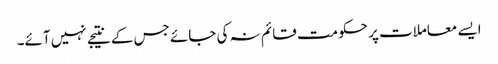
ایسے معاملات پر حکومت قائم نہ کی جائے جس کے نتیجے نہیں آئے۔